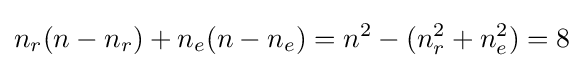
n_{r}(n-n_{r})+n_{e}(n-n_{e})=n^{2}-(n_{r}^{2}+n_{e}^{2})=8